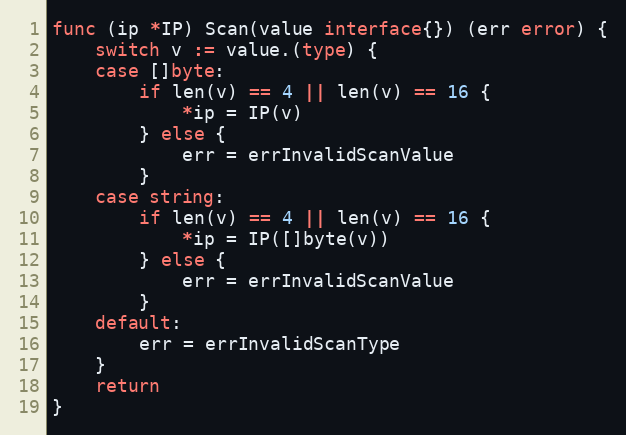
Language: Go
func (ip *IP) Scan(value interface{}) (err error) {
	switch v := value.(type) {
	case []byte:
		if len(v) == 4 || len(v) == 16 {
			*ip = IP(v)
		} else {
			err = errInvalidScanValue
		}
	case string:
		if len(v) == 4 || len(v) == 16 {
			*ip = IP([]byte(v))
		} else {
			err = errInvalidScanValue
		}
	default:
		err = errInvalidScanType
	}
	return
}